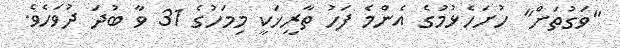
"ވަގުތަށް" ހުށަހެޅުމުގެ އެންމެ ފަހު ތާރީޚަކީ މިމަހުގެ 31 ވާ ބުދަ ދުވަހެވެ.